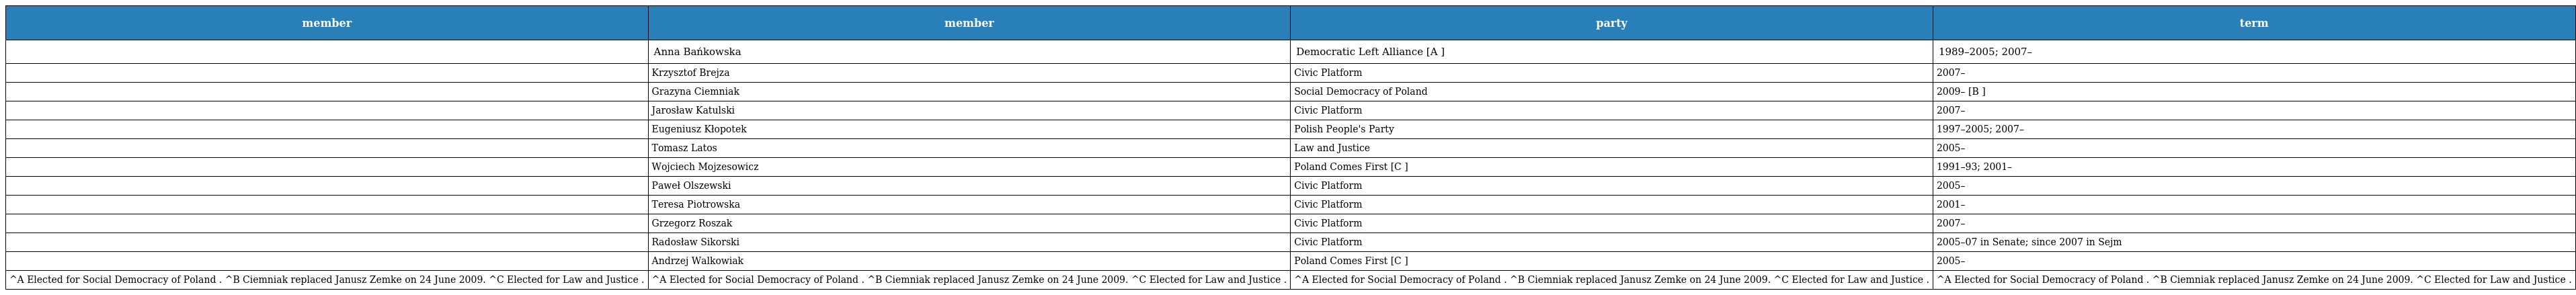
| member | member | party | term |
 | --- | --- | --- | --- |
 |  | Anna Bańkowska | Democratic Left Alliance [A ] | 1989–2005; 2007– |
 |  | Krzysztof Brejza | Civic Platform | 2007– |
 |  | Grazyna Ciemniak | Social Democracy of Poland | 2009– [B ] |
 |  | Jarosław Katulski | Civic Platform | 2007– |
 |  | Eugeniusz Kłopotek | Polish People's Party | 1997–2005; 2007– |
 |  | Tomasz Latos | Law and Justice | 2005– |
 |  | Wojciech Mojzesowicz | Poland Comes First [C ] | 1991–93; 2001– |
 |  | Paweł Olszewski | Civic Platform | 2005– |
 |  | Teresa Piotrowska | Civic Platform | 2001– |
 |  | Grzegorz Roszak | Civic Platform | 2007– |
 |  | Radosław Sikorski | Civic Platform | 2005–07 in Senate; since 2007 in Sejm |
 |  | Andrzej Walkowiak | Poland Comes First [C ] | 2005– |
 | ^A Elected for Social Democracy of Poland . ^B Ciemniak replaced Janusz Zemke on 24 June 2009. ^C Elected for Law and Justice . | ^A Elected for Social Democracy of Poland . ^B Ciemniak replaced Janusz Zemke on 24 June 2009. ^C Elected for Law and Justice . | ^A Elected for Social Democracy of Poland . ^B Ciemniak replaced Janusz Zemke on 24 June 2009. ^C Elected for Law and Justice . | ^A Elected for Social Democracy of Poland . ^B Ciemniak replaced Janusz Zemke on 24 June 2009. ^C Elected for Law and Justice . |